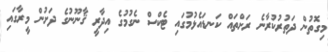
މިގޮތުން ދަތުރުކުރާނެ ރަށްތައް ކަނޑައެޅުމުގައި ޓެކްސް ނެގުމުގެ އިދާރީ ޤާނޫނުގެ ދަށުން މީރާގައި